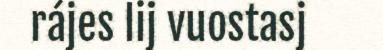
rájes lij vuostasj